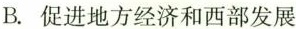
B. 促进地方经济和西部发展